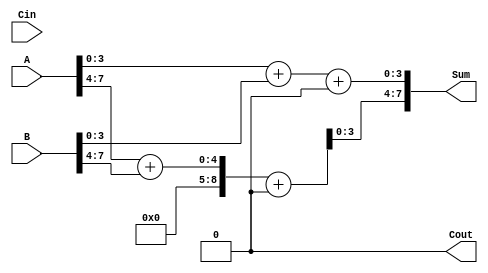
module HybridCarrySelectAdder #(
    parameter N = 8, // Total bits for A and B
    parameter M = 4   // Number of bits in each block (block size)
)(
    input [N-1:0] A,   // First operand
    input [N-1:0] B,   // Second operand
    input Cin,         // Carry input
    output [N-1:0] Sum,// Sum output
    output Cout        // Carry output
);

    // Number of blocks
    localparam NUM_BLOCKS = N / M;

    // Intermediate signals
    wire [N-1:0] S0 [0:NUM_BLOCKS-1]; // Sum outputs when Cin = 0
    wire [N-1:0] S1 [0:NUM_BLOCKS-1]; // Sum outputs when Cin = 1
    wire [NUM_BLOCKS:0] C;             // Carry outputs from each block

    genvar i;

    // Block generation
    generate
        for (i = 0; i < NUM_BLOCKS; i = i + 1) begin: block
            // Block slice for A and B
            wire [M-1:0] A_block = A[(i+1)*M-1 -: M];
            wire [M-1:0] B_block = B[(i+1)*M-1 -: M];

            // Calculate sums and carry for Cin = 0
            assign {C[i], S0[i]} = A_block + B_block + 1'b0;

            // Calculate sums and carry for Cin = 1
            assign {C[i+1], S1[i]} = A_block + B_block + 1'b1;
        end
    endgenerate

    // Final output selection
    generate
        for (i = 0; i < NUM_BLOCKS; i = i + 1) begin: select
            assign Sum[(i+1)*M-1 -: M] = (C[i] ? S1[i] : S0[i]);
        end
    endgenerate

    // Final carry out
    assign Cout = C[NUM_BLOCKS];

endmodule